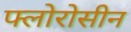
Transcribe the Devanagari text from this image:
फ्लोरोसीन